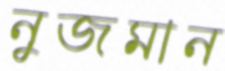
নুজমান